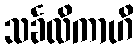
သင်္ခလိကာဟိ